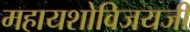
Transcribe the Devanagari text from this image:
महायशोविजयजी